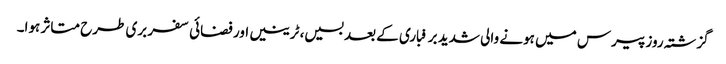
گزشتہ روز پیرس میں ہونے والی شدید برفباری کے بعد بسیں، ٹرینیں اور فضائی سفر بری طرح متاثر ہوا۔